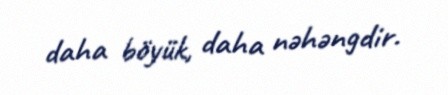
daha böyük, daha nəhəngdir.